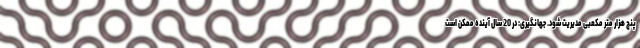
پنج هزار متر مکعبی مدیریت شود. جهانگیری: در 20 سال آینده ممکن است